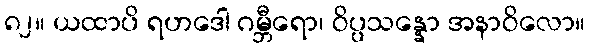
၈၂။ ယထာပိ ရဟဒေါ ဂမ္ဘီရော၊ ဝိပ္ပသန္နော အနာဝိလော။